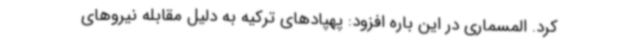
کرد. المسماری در این باره افزود: پهپادهای ترکیه به دلیل مقابله نیروهای